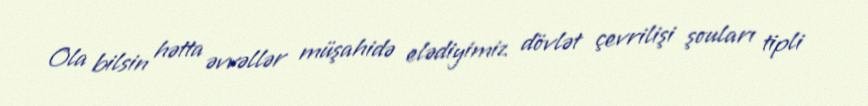
Ola bilsin hətta əvvəllər müşahidə elədiyimiz dövlət çevrilişi şouları tipli